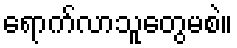
ရောက်လာသူတွေမစဲ။